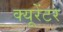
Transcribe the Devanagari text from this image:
क्यूरेंटर